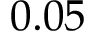
0 . 0 5